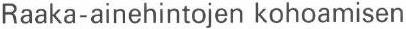
Raaka-ainehintojen kohoamisen